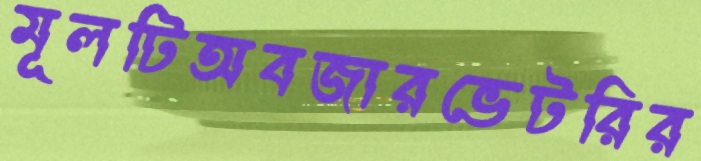
মূলটিঅবজারভেটরির